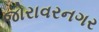
જોરાવરનગર